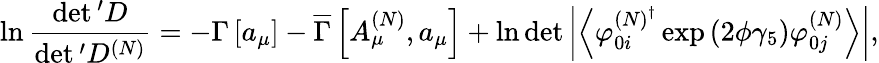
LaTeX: \ln\frac{\operatorname*{det}{}^{\prime}D}{\operatorname*{det}{}^{\prime}D^{\left(N\right)}}=-\Gamma\left[a_{\mu}\right]-\overline{{{\Gamma}}}\left[A_{\mu}^{\left(N\right)},a_{\mu}\right]+\ln\operatorname*{det}\left|\left\langle\varphi_{0i}^{\left(N\right)^{\dagger}}\exp\left(2\phi\gamma_{5}\right)\varphi_{0j}^{\left(N\right)}\right\rangle\right|,